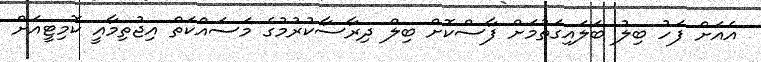
އެއަށް ފަހު ބިލު ބަލައިގަތުމަށް ފާސްކޮށް ބިލް ދިރާސާކުރުމުގެ މަސައްކަތް އިޖުތިމާއީ ކޮމިޓީއަށް